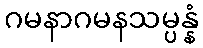
ဂမနာဂမနသမ္ပန္နံ